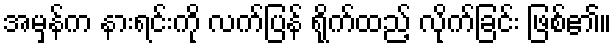
အမှန်က နားရင်းကို လက်ပြန် ရိုက်ထည့် လိုက်ခြင်း ဖြစ်၏။